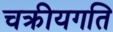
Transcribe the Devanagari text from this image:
चक्रीयगति